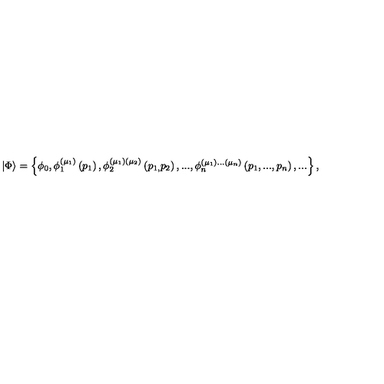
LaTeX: \left| \Phi \right\rangle = \left\{ \phi _ { 0 } , \phi _ { 1 } ^ { ( \mu _ { 1 } ) } \left( p _ { 1 } \right) , \phi _ { 2 } ^ { ( \mu _ { 1 } ) ( \mu _ { 2 } ) } \left( p _ { 1 , } p _ { 2 } \right) , . . . , \phi _ { n } ^ { ( \mu _ { 1 } ) . . . ( \mu _ { n } ) } \left( p _ { 1 } , . . . , p _ { n } \right) , . . . \right\} ,